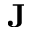
\textbf { J }